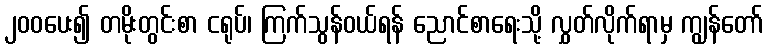
၂၀၀ပေး၍ တမိုးတွင်းစာ ငရုပ်၊ ကြက်သွန်ဝယ်ရန် ညောင်စာရေးသို့ လွှတ်လိုက်ရာမှ ကျွန်တော်